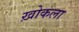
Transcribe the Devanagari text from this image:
ख़ोकला